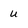
Character: u